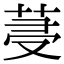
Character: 𦯈